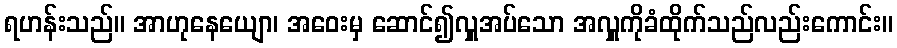
ရဟန်းသည်။ အာဟုနေယျော၊ အဝေးမှ ဆောင်၍လှူအပ်သော အလှူကိုခံထိုက်သည်လည်းကောင်း။